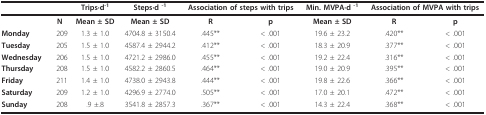
<table><thead><tr><td></td><td></td><td><b>Trips·d<sup>-1</sup></b></td><td><b>Steps·d <sup>-1</sup></b></td><td colspan="2"><b>Association of steps with trips</b></td><td><b>Min. MVPA·d <sup>-1</sup></b></td><td colspan="2"><b>Association of MVPA with trips</b></td></tr></thead><tbody><tr><td></td><td><b>N</b></td><td><b>Mean ± SD</b></td><td><b>Mean ± SD</b></td><td><b>R</b></td><td><b>p</b></td><td><b>Mean ± SD</b></td><td><b>R</b></td><td><b>p</b></td></tr><tr><td><b>Monday</b></td><td>209</td><td>1.3 ± 1.0</td><td>4704.8 ± 3150.4</td><td>.445**</td><td>&lt; .001</td><td>19.6 ± 23.2</td><td>.420**</td><td>&lt; .001</td></tr><tr><td><b>Tuesday</b></td><td>205</td><td>1.5 ± 1.0</td><td>4587.4 ± 2944.2</td><td>.412**</td><td>&lt; .001</td><td>18.3 ± 20.9</td><td>.377**</td><td>&lt; .001</td></tr><tr><td><b>Wednesday</b></td><td>206</td><td>1.5 ± 1.0</td><td>4721.2 ± 2986.0</td><td>.455**</td><td>&lt; .001</td><td>19.2 ± 22.4</td><td>.316**</td><td>&lt; .001</td></tr><tr><td><b>Thursday</b></td><td>208</td><td>1.5 ± 1.0</td><td>4582.2 ± 2860.5</td><td>.464**</td><td>&lt; .001</td><td>19.0 ± 20.9</td><td>.395**</td><td>&lt; .001</td></tr><tr><td><b>Friday</b></td><td>211</td><td>1.4 ± 1.0</td><td>4738.0 ± 2943.8</td><td>.444**</td><td>&lt; .001</td><td>19.8 ± 22.6</td><td>.366**</td><td>&lt; .001</td></tr><tr><td><b>Saturday</b></td><td>209</td><td>1.2 ± 1.0</td><td>4296.9 ± 2774.0</td><td>.505**</td><td>&lt; .001</td><td>17.0 ± 20.1</td><td>.472**</td><td>&lt; .001</td></tr><tr><td><b>Sunday</b></td><td>208</td><td>.9 ±.8</td><td>3541.8 ± 2857.3</td><td>.367**</td><td>&lt; .001</td><td>14.3 ± 22.4</td><td>.368**</td><td>&lt; .001</td></tr></tbody></table>